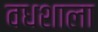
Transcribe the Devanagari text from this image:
वधशाला